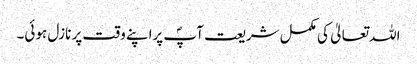
اللہ تعالیٰ کی مکمل شریعت آپؐ پراپنے وقت پر نازل ہوئی۔